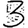
Digit: 3